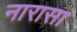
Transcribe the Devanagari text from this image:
नारासा